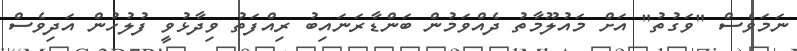
ނަމަވެސް "ވަގުތު" އަށް މައުލޫމާތު ދެއްވަމުން ބަންޑާރަނައިބު ރިއްފަތު ވިދާޅުވީ ފުލުހުން އަދިވެސް